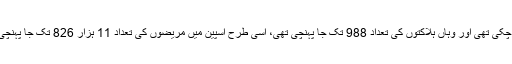
ایران میں مریضوں کی تعداد 16 ہزار سے زائد ہو چکی تھی اور وہاں ہلاکتوں کی تعداد 988 تک جا پہنچی تھی، اسی طرح اسپین میں مریضوں کی تعداد 11 ہزار 826 تک جا پہنچی تھی جن میں سے 533 افراد ہلاک ہو چکے تھے۔